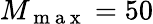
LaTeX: M_{\mathrm{~m~a~x~}}=50